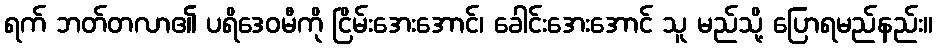
ရက် ဘတ်တလာ၏ ပရိဒေဝမီကို ငြိမ်းအေးအောင်၊ ခေါင်းအေးအောင် သူ မည်သို့ ပြောရမည်နည်း။